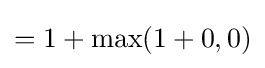
=1+\max(1+0,0)